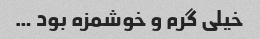
خیلی گرم و خوشمزه بود …